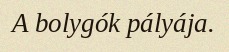
A bolygók pályája.